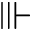
\Vvdash